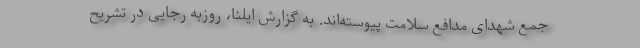
جمع شهدای مدافع سلامت پیوسته‌اند. به گزارش ایلنا، روزبه رجایی در تشریح